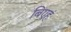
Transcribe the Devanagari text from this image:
बिएहं